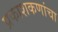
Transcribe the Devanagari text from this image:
प्रकाशकणांचा